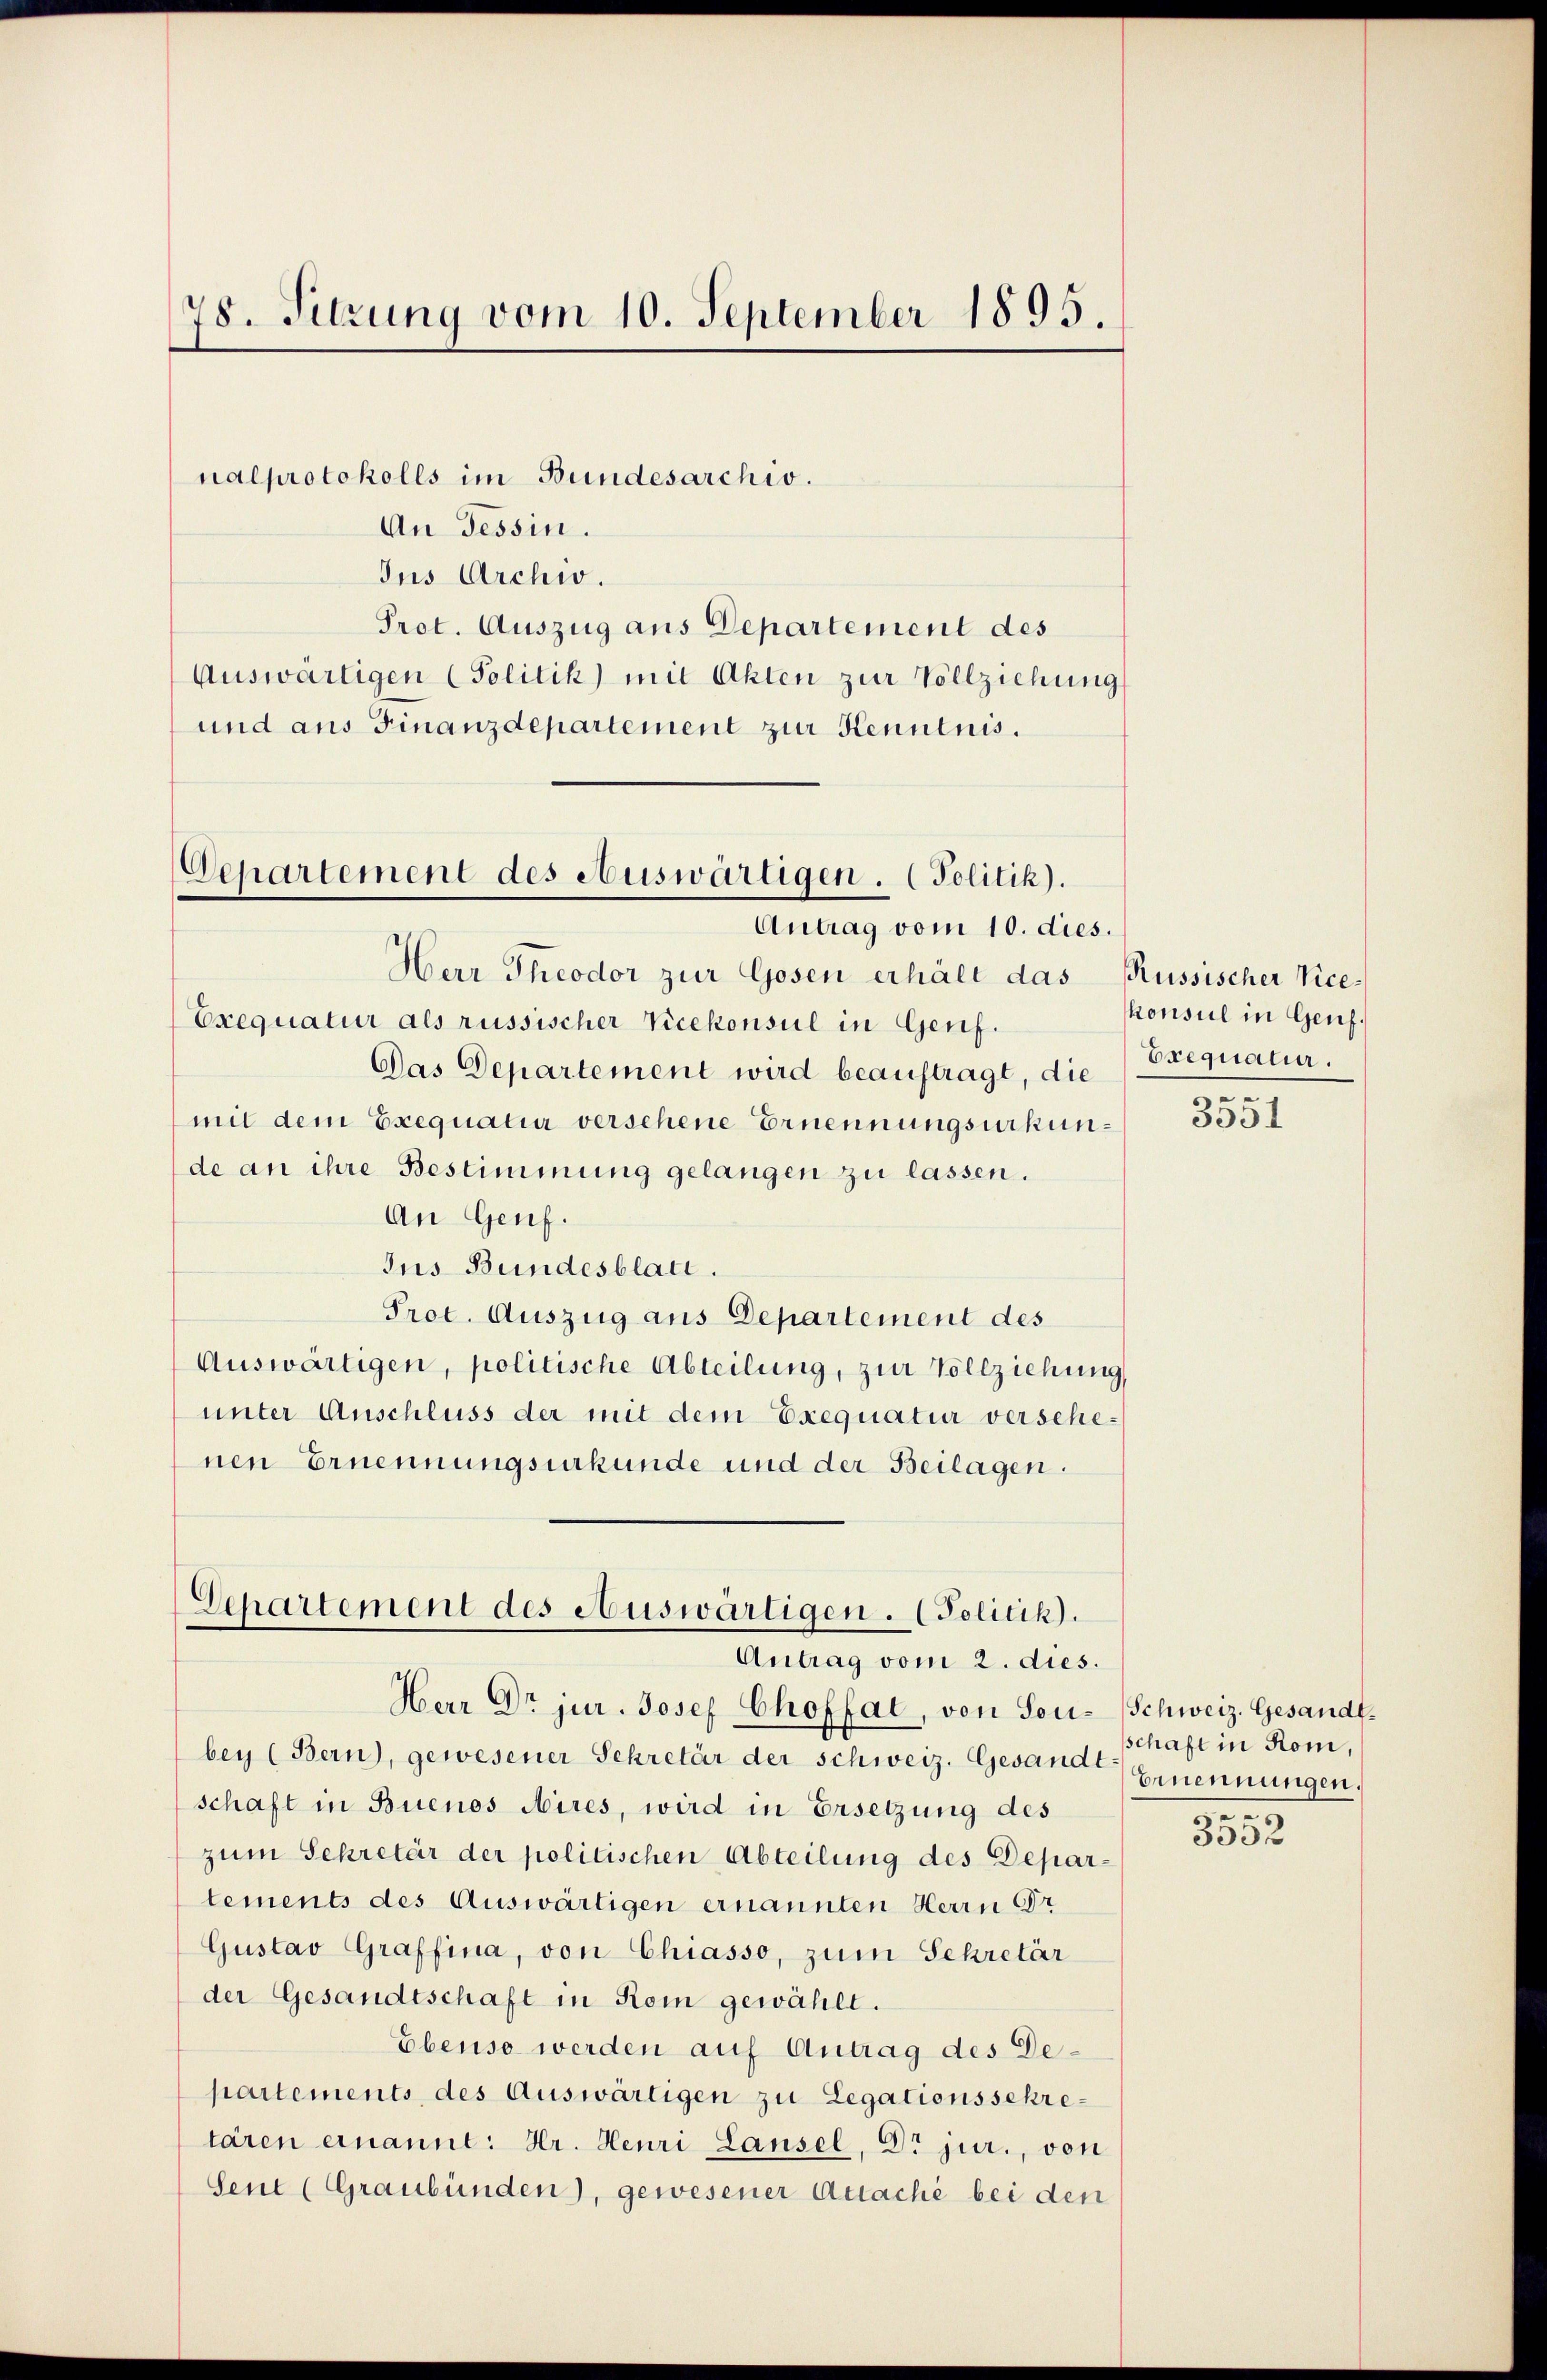
78. Sitzung vom 10. September 1895.

nalprotokolls im Bundesarchiv.
An Tessin.
Ius Archiv.
Prot. Auszug aus Departement des
Auswärtigen (Politik) mit Akten zur Vollziehung
und aus Finanzdepartement zur Kenntnis.

Departement des Auswärtigen. (Politik).
Antrag vom 10. dies.

Departement des Auswärtigen. (Politik.
Antrag vom 2. dies.

Herr Dr jur. Josef Choffal, von Sou-Schweiz. Gesandtbey (Bern), gewesener Sekretär der schweiz. Gesandt-Ernennungen,
schaft in Buenos Aires, wird in Ersetzung des
zum Sekretär der politischen Abteilung des Departements des Auswärtigen ernannten Herrn Dr
Gustav Graffina, von Chiasso, zum Sekretär
der Gesandtschaft in Rom gewählt.
Ebenso werden auf Antrag des Departements des Auswärtigen zu Legationsschretären ernannt: Hr. Heuri Lausel, Dr jur., von
Seut (Graubünden), gewesener Acaché bei den

Herr Theodor zur Gosen erhält das Russischer Vice¬
Exequatur als russischer Vicekonsul in Genf.
Das Departement wird beauftragt, die
mit dem Exequatur versehene Ernennungsurkunde an ihre Bestimmung gelangen zu lassen.
An Genf.
Jus Bundesblatt.
Prot. Auszug aus Departement des
Auswärtigen, politische Abteilung, zur Vollziehung
unter Anschluss der mit dem Exequatur verschenen Ernennungsurkunde und der Beilagen.

konsul in Genf.
Erequatur.
.

3551

schaft in Rom,
e

3332